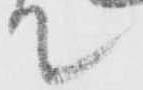
て